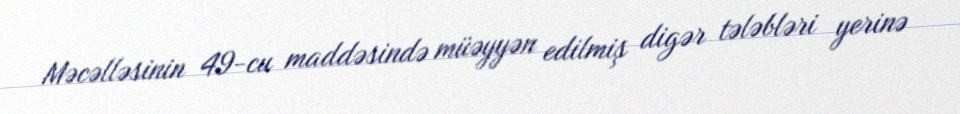
Məcəlləsinin 49-cu maddəsində müəyyən edilmiş digər tələbləri yerinə